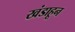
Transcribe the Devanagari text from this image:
खंडाहून